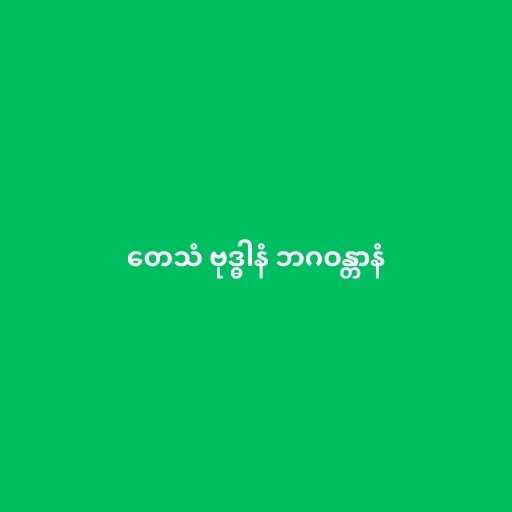
တေသံ ဗုဒ္ဓါနံ ဘဂဝန္တာနံ